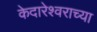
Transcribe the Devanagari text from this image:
केदारेश्वराच्या